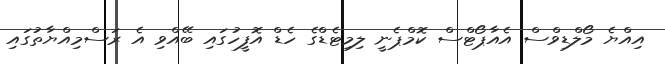
އިއްޔެ މޯލްޑިވްސް އެއާޕޯޓްސް ކޮމްޕެނީ ލިމިޓެޑްގެ ހެޑް އޮފީހުގައި ބޭއްވި އެ ރަސްމިއްޔާތުގައި